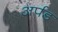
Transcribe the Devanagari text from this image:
अर्पड